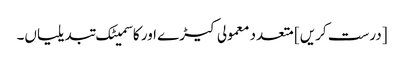
[درست کریں] متعدد معمولی کیڑے اور کاسمیٹک تبدیلیاں۔